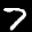
Label: 7